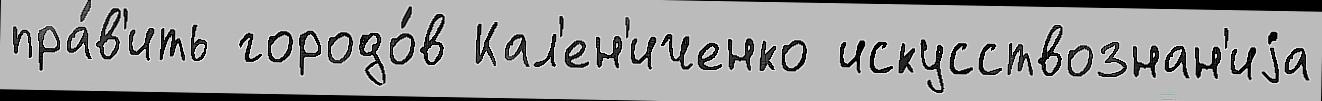
пра́в'ить городо́в Кал'ен'иченко искусствознан'иjа